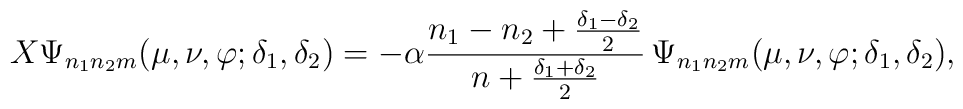
X \Psi_{n_1 n_2 m}(\mu,\nu,\varphi;\delta_1,\delta_2) =- \alpha\frac{ n_1 - n_2 + \frac{\delta_1 - \delta_2}{2} }{n + \frac{\delta_1+\delta_2}{2}}\,\Psi_{n_1 n_2 m}(\mu,\nu,\varphi;\delta_1,\delta_2),